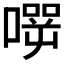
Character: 𰈬